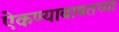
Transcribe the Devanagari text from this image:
ऐकण्याबाबतच्या